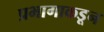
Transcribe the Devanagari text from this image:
प्रभागाकडून